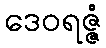
ဒေဝရဇ္ဇံ